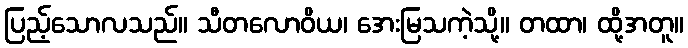
ပြည့်သောလသည်။ သီတလောဝိယ၊ အေးမြသကဲ့သို့။ တထာ၊ ထို့အတူ။